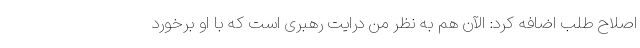
اصلاح طلب اضافه کرد: الآن هم به نظر من درایت رهبری است که با او برخورد